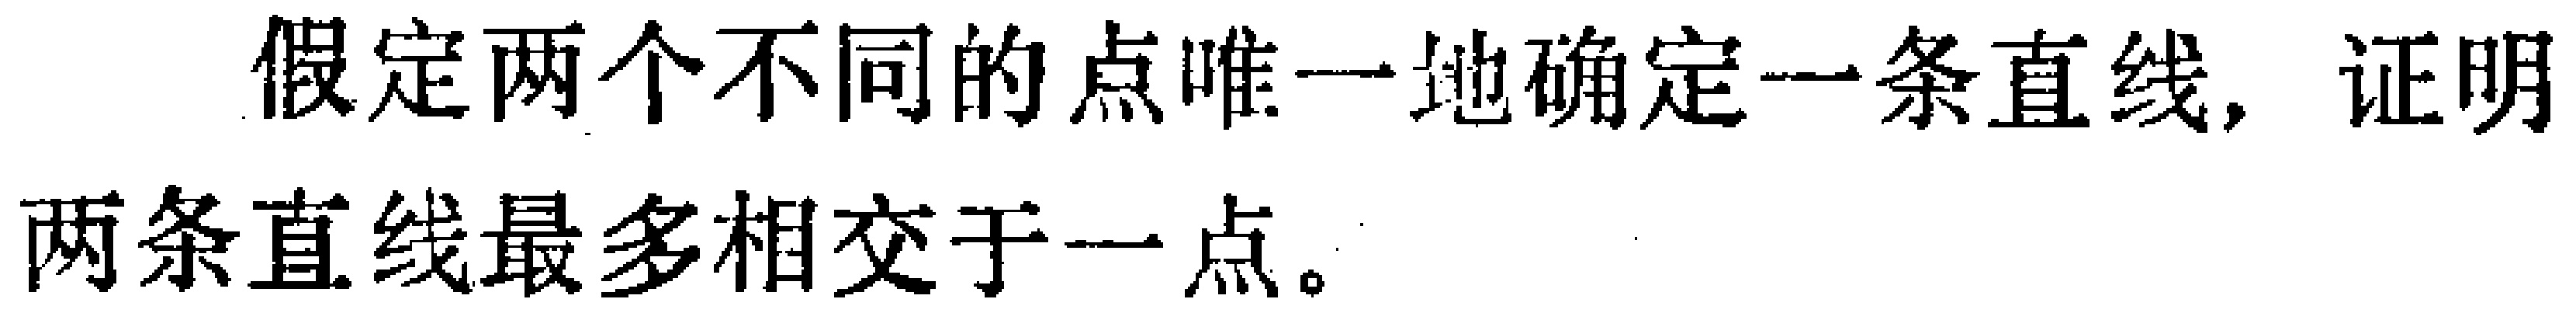
假定两个不同的点唯一地确定一条直线, 证明两条直线最多相交于一点。